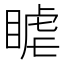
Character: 𥈴